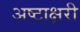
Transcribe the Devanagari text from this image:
अष्टाक्षरी